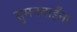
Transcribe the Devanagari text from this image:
सुमनताईंना